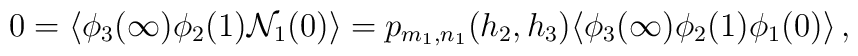
0 = \langle\phi_3(\infty)\phi_2(1){\cal N}_1(0)\rangle =   p_{m_1,n_1}(h_2, h_3)   \langle\phi_3(\infty)\phi_2(1)\phi_1(0)\rangle\,,